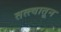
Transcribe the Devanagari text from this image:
तत्त्वातून